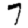
Digit: 7